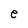
Character: e